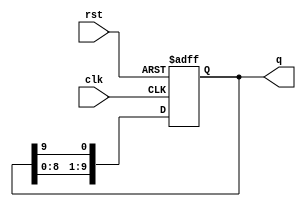
module decade_ring_counter (
    input wire clk,       // Clock input
    input wire rst,       // Asynchronous reset
    output reg [9:0] q    // 10-bit output representing the counter state
);

    // Initial state of the counter
    initial begin
        q = 10'b0000000001; // Start with the first state
    end

    // Always block triggered on clock edge or reset
    always @(posedge clk or posedge rst) begin
        if (rst) begin
            q <= 10'b0000000001; // Reset to the initial state
        end else begin
            // Shift the '1' through the counter and wrap around
            q <= {q[8:0], q[9]}; // Shift left and feed back the last bit to the first position
        end
    end

endmodule